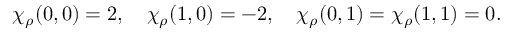
\chi _ { \rho } ( 0 , 0 ) = 2 , \quad \chi _ { \rho } ( 1 , 0 ) = - 2 , \quad \chi _ { \rho } ( 0 , 1 ) = \chi _ { \rho } ( 1 , 1 ) = 0 .